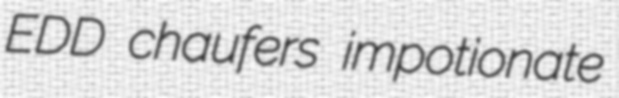
EDD chaufers impotionate